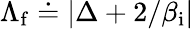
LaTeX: \Lambda_{\mathrm{f}}\doteq|\Delta+2/\beta_{\mathrm{i}}|